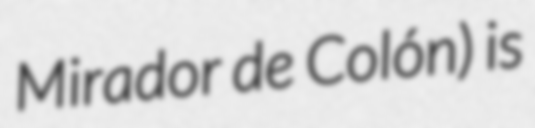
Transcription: Mirador de Colón) is